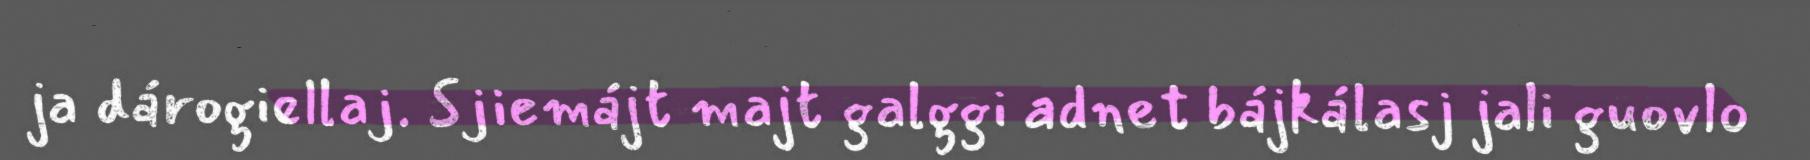
ja dárogiellaj. Sjiemájt majt galggi adnet bájkálasj jali guovlo